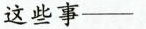
这些事—